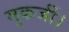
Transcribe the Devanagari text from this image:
मुकर्जी।